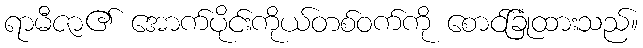
ရာမီဇာ၏ အောက်ပိုင်းကိုယ်တစ်ဝက်ကို စောင်ခြုံထားသည်။